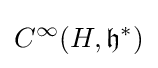
C^{\infty }(H,{\mathfrak {h}}^{*})